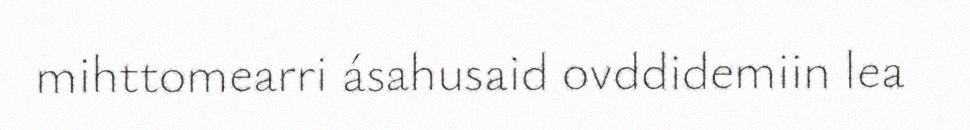
mihttomearri ásahusaid ovddidemiin lea